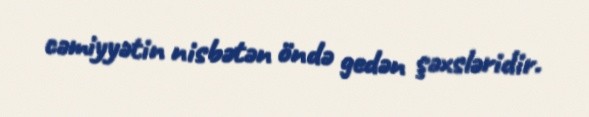
cəmiyyətin nisbətən öndə gedən şəxsləridir.